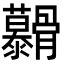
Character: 𮪷